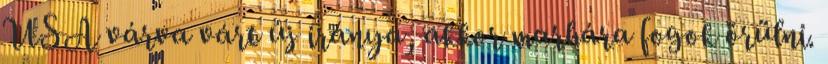
USA várva várt új iránya, akkor marhára fogok örülni.